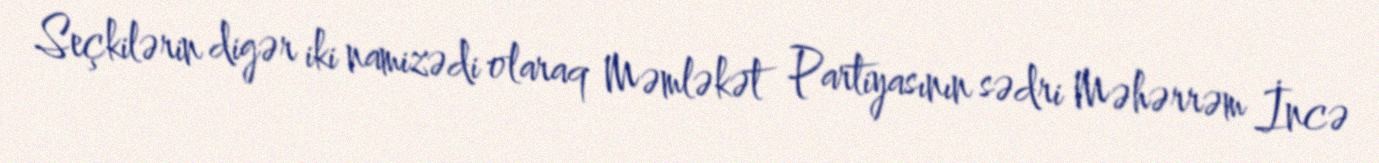
Seçkilərin digər iki namizədi olaraq Məmləkət Partiyasının sədri Məhərrəm İncə